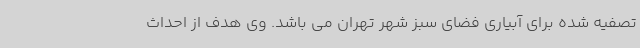
تصفیه شده برای آبیاری فضای سبز شهر تهران می باشد. وی هدف از احداث